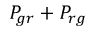
P _ { g r } + P _ { r g }